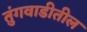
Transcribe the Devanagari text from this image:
तुंगवाडीतील